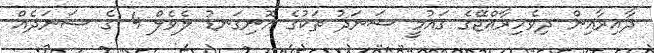
ދާއިރާއިން ދިވެހިރާއްޖޭގެ ޤައުމީ ސަނަދު ތަކުގެ އޮނިގަނޑު ލެވެލް 4 ގެ ސަނަދެއް